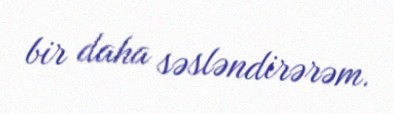
bir daha səsləndirərəm.